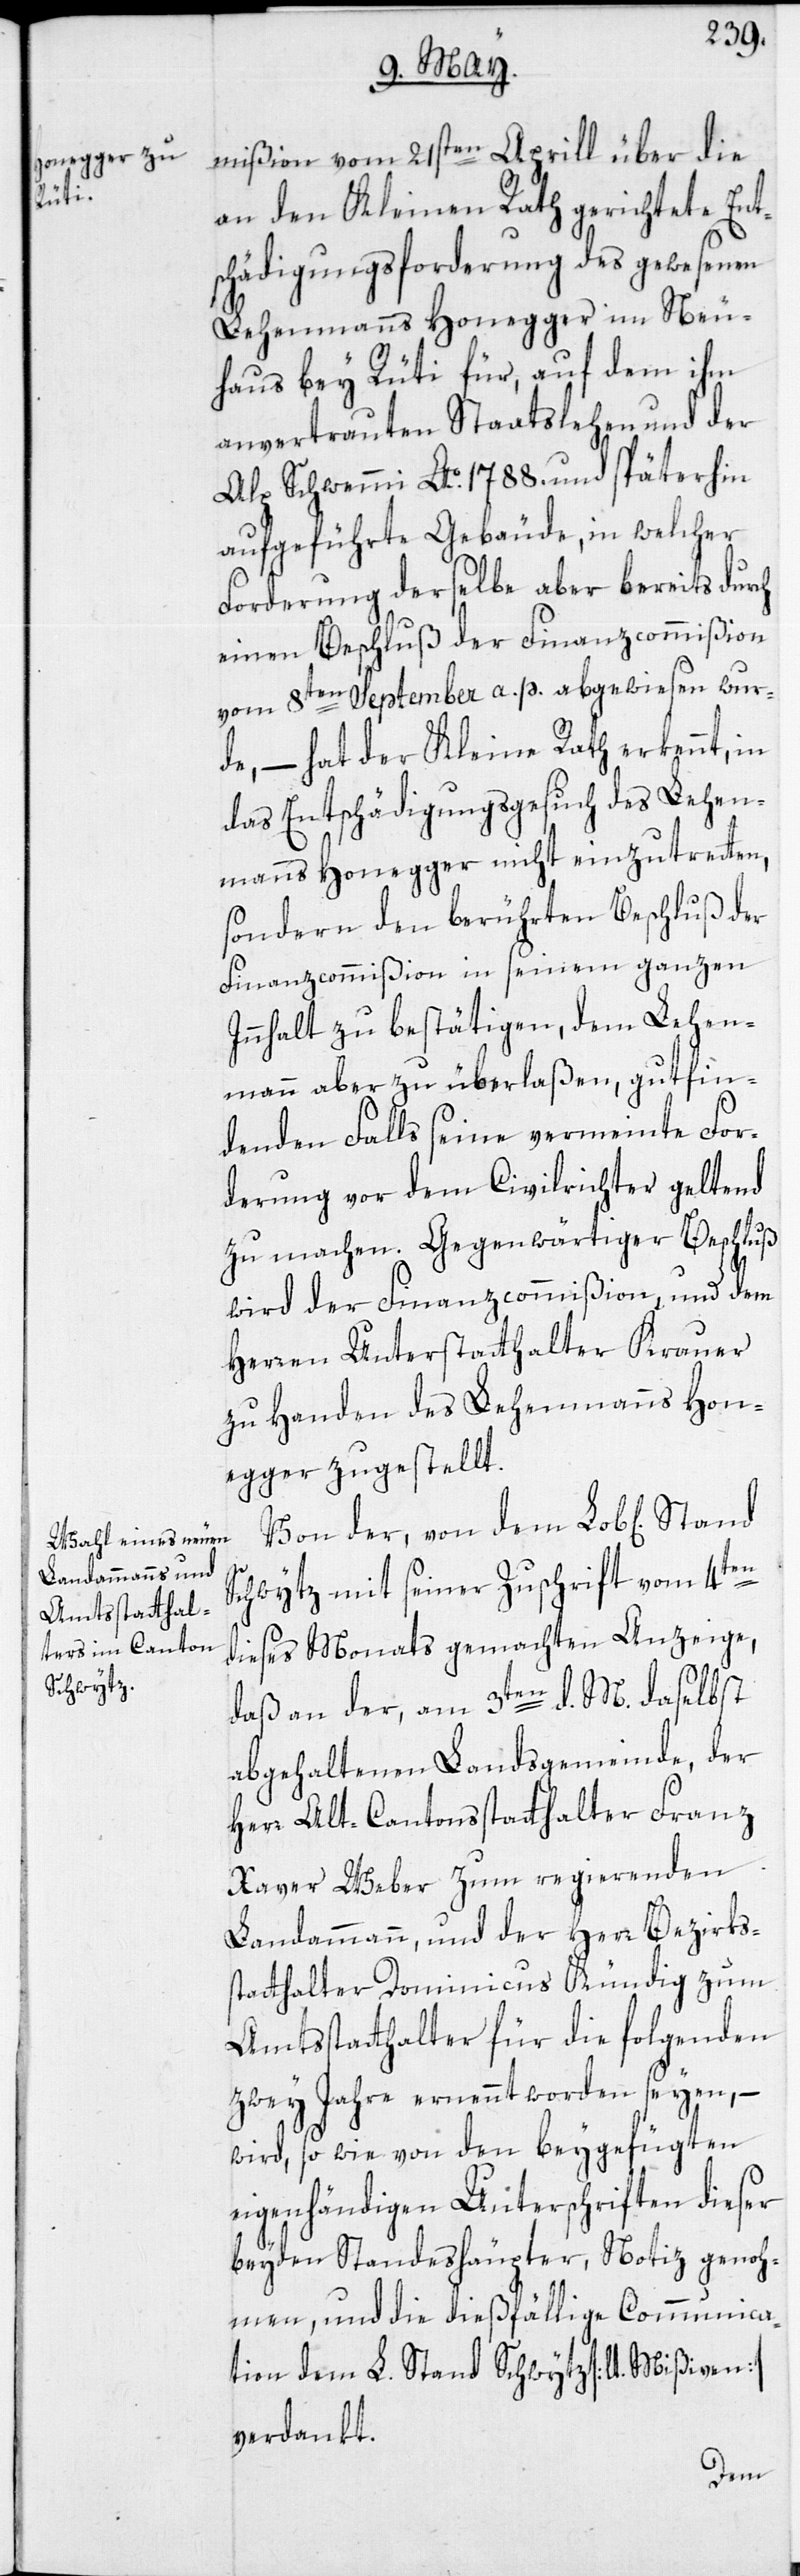
mißion vom 21sten Aprill über die
an den Kleinen Rath gerichtete Ent¬
schädigungsforderung des gewesenen
Lehenmanns Honegger im Neu¬
haus bey Rüti für, auf dem ihm
anvertrauten Staatslehen und der
Alp Schwemmi Ao 1788. und späterhin
aufgeführte Gebäude, in welcher
Forderung derselbe aber bereits durch
einen Beschluß der Finanzcommißion
vom 8ten September a. p. abgewiesen wur¬
de, – hat der Kleine Rath erkennt, in
das Entschädigungsgesuch des Lehen¬
manns Honegger nicht einzutretten,
sondern den berührten Beschluß der
Finanzcommißion in seinem ganzen
Innhalt zu bestätigen, dem Lehen¬
mann aber zu überlaßen, gutfin¬
denden Falls seine vermeinte For¬
derung vor dem Civilrichter geltend
zu machen. Gegenwärtiger Beschluß
wird der Finanzcommißion und dem
Herren Unterstatthalter Krauer
zu Handen des Lehenmanns Hon¬
egger zugestellt.
Von der, von dem Lob[lichen]
Schwytz mit seiner Zuschrift vom 4ten
dieses Monats gemachten Anzeige,
daß an der, am 3ten d. M. daselbst
abgehaltenen Landsgemeinde, der
Herr Alt-Cantonsstatthalter Franz
Xaver Weber zum regierenden
Landammann, und der Herr Bezirks¬
statthalter Dominicus Kündig zum
Amtsstatthalter für die folgenden
zwey Jahre ernennt worden seyen, –
wird, so wie von den beygefügten
eigenhändigen Unterschriften dieser
beyden Standeshäupter, Notiz genoh¬
men, und die dießfällige Communica¬
tion dem L. Stand Schwytz [lt. Mißiven]
verdankt.